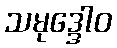
သမုဒ္ဒေါဝ